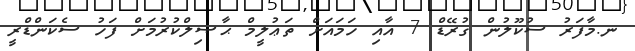
ނ.މާފަރު ސުކޫލުން ގުރޭޑް 7 އާއި ހަމައަށް ތަޢުލީމް ޙާޞިލްކުރުމަށް ފަހު ސެކަންޑްރީ